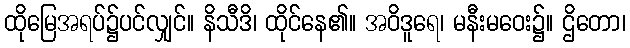
ထိုမြေအရပ်၌ပင်လျှင်။ နိသီဒိ၊ ထိုင်နေ၏။ အဝိဒူရေ၊ မနီးမဝေး၌။ ဌိတော၊